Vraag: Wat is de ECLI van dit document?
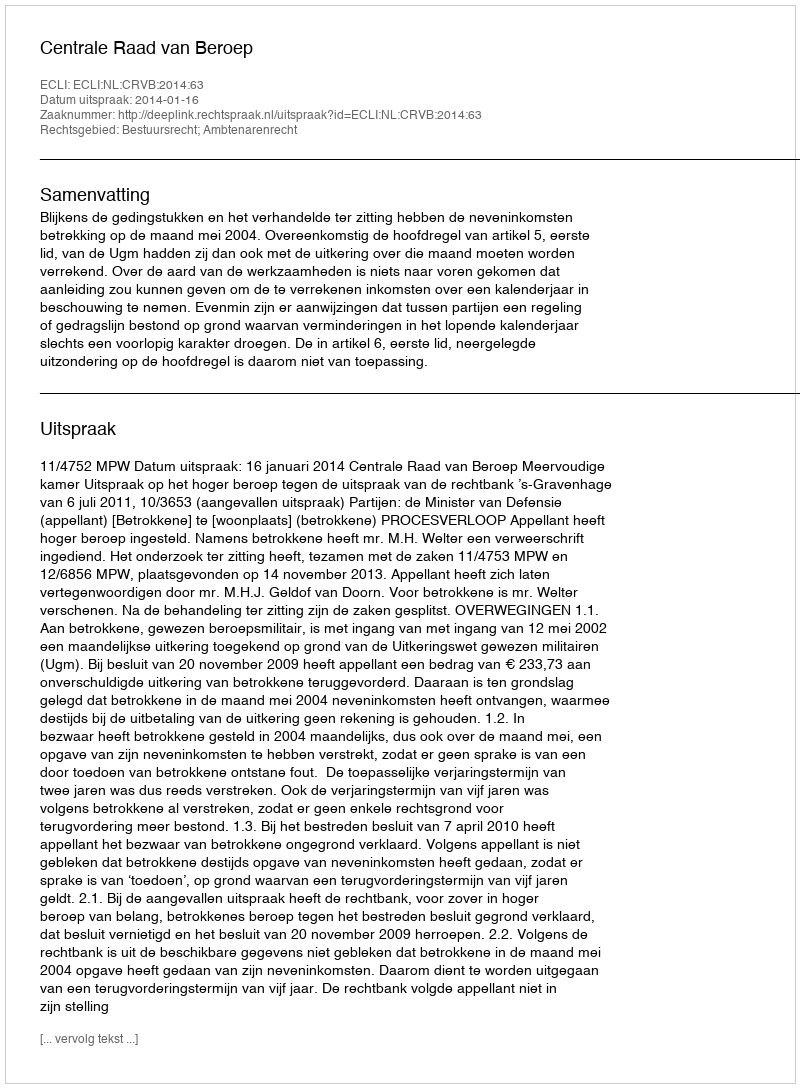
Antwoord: ECLI:NL:CRVB:2014:63